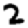
Digit: 2